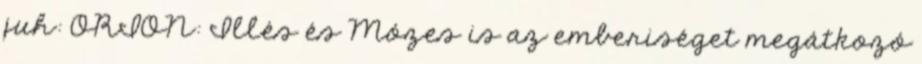
juh: ORION: Illés és Mózes is az emberiséget megátkozó